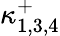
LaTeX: \kappa_{1,3,4}^{+}